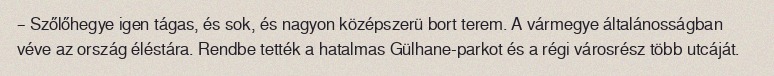
– Szőlőhegye igen tágas, és sok, és nagyon középszerü bort terem. A vármegye általánosságban véve az ország éléstára. Rendbe tették a hatalmas Gülhane-parkot és a régi városrész több utcáját.